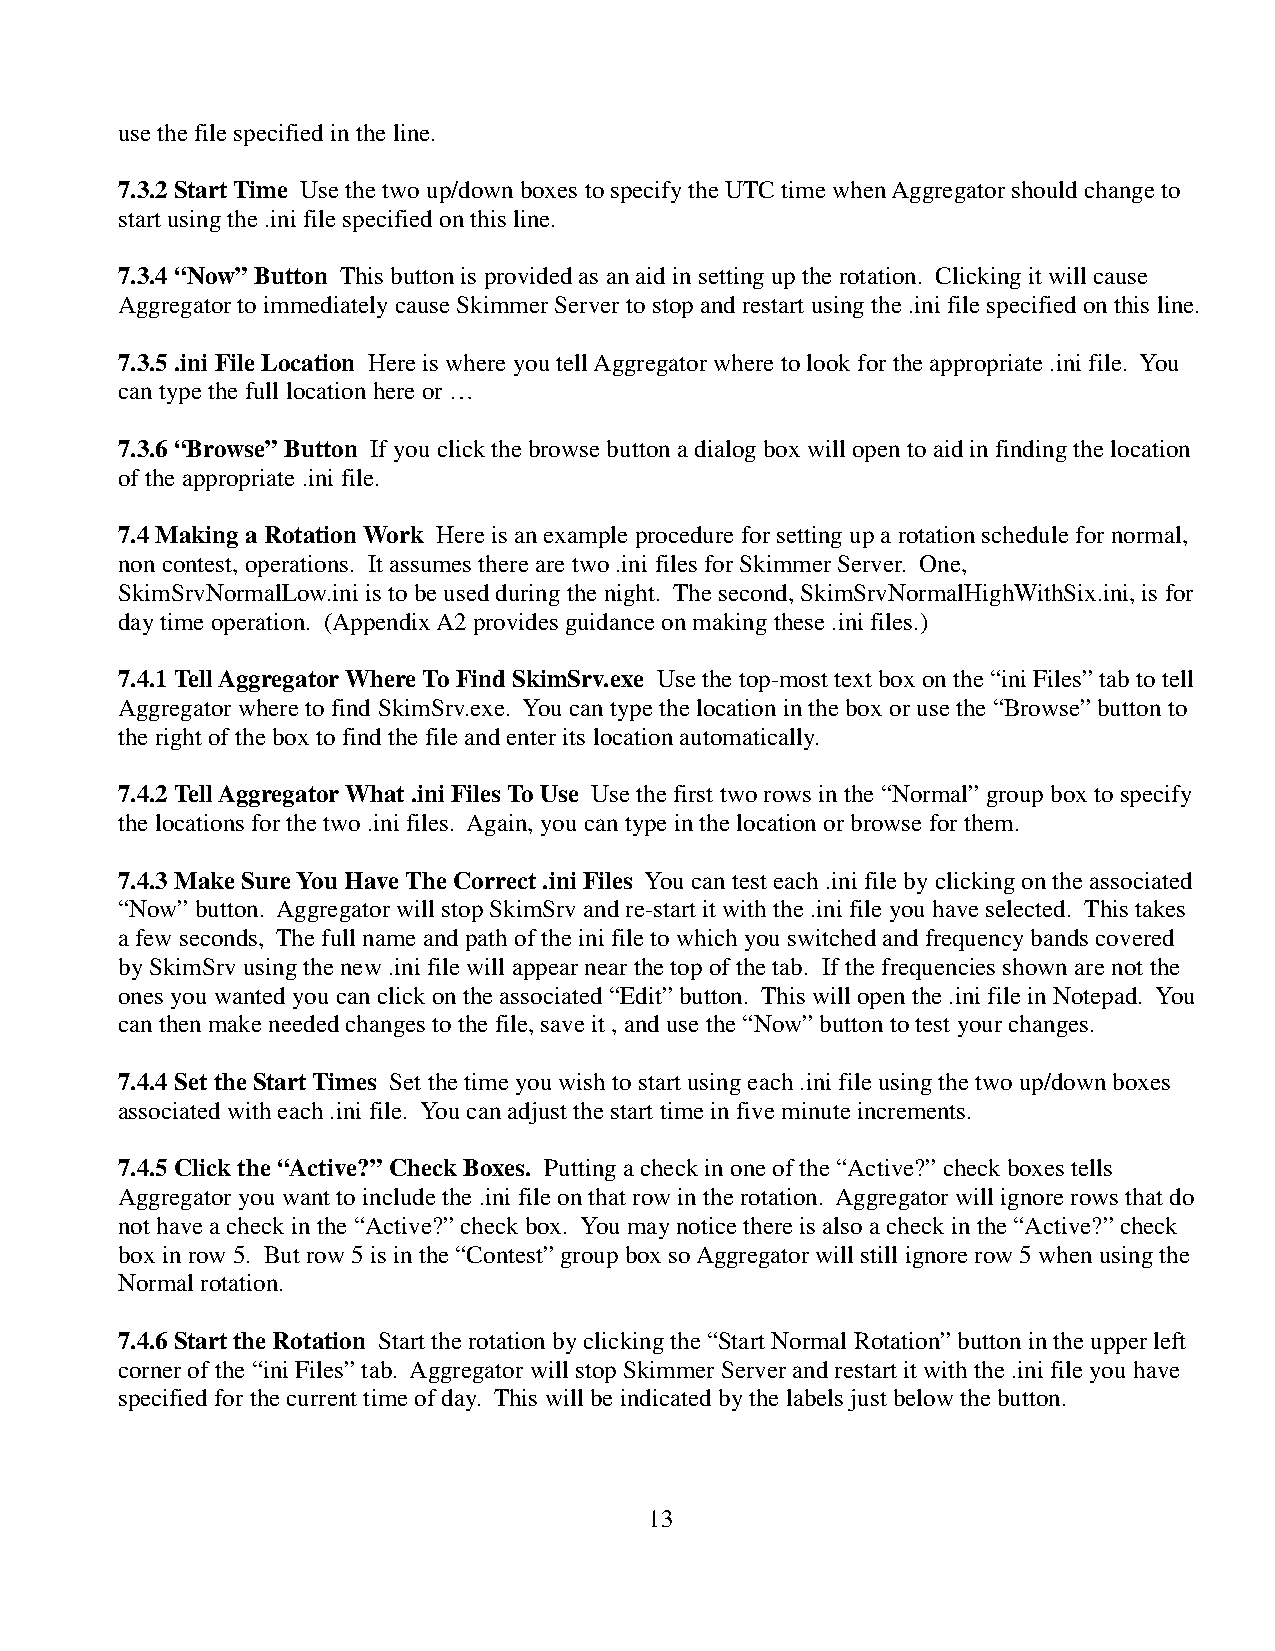
use the file specified in the line.
 7.3.2 Start Time Use the two up/down boxes to specify the UTC time when Aggregator should change to
 start using the .ini file specified on this line.
 7.3.4 “Now” Button This button is provided as an aid in setting up the rotation. Clicking it will cause
 Aggregator to immediately cause Skimmer Server to stop and restart using the .ini file specified on this line.
 7.3.5 .ini File Location Here is where you tell Aggregator where to look for the appropriate .ini file. You
 can type the full location here or …
 7.3.6 “Browse” Button If you click the browse button a dialog box will open to aid in finding the location
 of the appropriate .ini file.
 7.4 Making a Rotation Work Here is an example procedure for setting up a rotation schedule for normal,
 non contest, operations. It assumes there are two .ini files for Skimmer Server. One,
 SkimSrvNormalLow.ini is to be used during the night. The second, SkimSrvNormalHighWithSix.ini, is for
 day time operation. (Appendix A2 provides guidance on making these .ini files.)
 7.4.1 Tell Aggregator Where To Find SkimSrv.exe Use the top-most text box on the “ini Files” tab to tell
 Aggregator where to find SkimSrv.exe. You can type the location in the box or use the “Browse” button to
 the right of the box to find the file and enter its location automatically.
 7.4.2 Tell Aggregator What .ini Files To Use Use the first two rows in the “Normal” group box to specify
 the locations for the two .ini files. Again, you can type in the location or browse for them.
 7.4.3 Make Sure You Have The Correct .ini Files You can test each .ini file by clicking on the associated
 “Now” button. Aggregator will stop SkimSrv and re-start it with the .ini file you have selected. This takes
 a few seconds, The full name and path of the ini file to which you switched and frequency bands covered
 by SkimSrv using the new .ini file will appear near the top of the tab. If the frequencies shown are not the
 ones you wanted you can click on the associated “Edit” button. This will open the .ini file in Notepad. You
 can then make needed changes to the file, save it , and use the “Now” button to test your changes.
 7.4.4 Set the Start Times Set the time you wish to start using each .ini file using the two up/down boxes
 associated with each .ini file. You can adjust the start time in five minute increments.
 7.4.5 Click the “Active?” Check Boxes. Putting a check in one of the “Active?” check boxes tells
 Aggregator you want to include the .ini file on that row in the rotation. Aggregator will ignore rows that do
 not have a check in the “Active?” check box. You may notice there is also a check in the “Active?” check
 box in row 5. But row 5 is in the “Contest” group box so Aggregator will still ignore row 5 when using the
 Normal rotation.
 7.4.6 Start the Rotation Start the rotation by clicking the “Start Normal Rotation” button in the upper left
 corner of the “ini Files” tab. Aggregator will stop Skimmer Server and restart it with the .ini file you have
 specified for the current time of day. This will be indicated by the labels just below the button.
 13